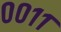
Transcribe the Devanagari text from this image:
००११